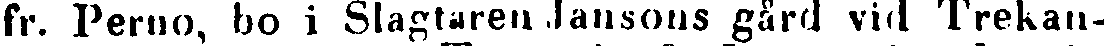
fr. Perno, bo i Slagtaren Jansons gård vid Trekan-